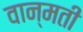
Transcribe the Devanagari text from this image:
वान्मती